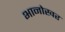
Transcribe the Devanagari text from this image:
भानोखर